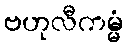
ဗဟုလီကမ္မံ